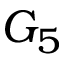
G _ { 5 }